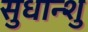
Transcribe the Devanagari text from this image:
सुधान्शु